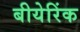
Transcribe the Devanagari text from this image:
बीयेरिंक